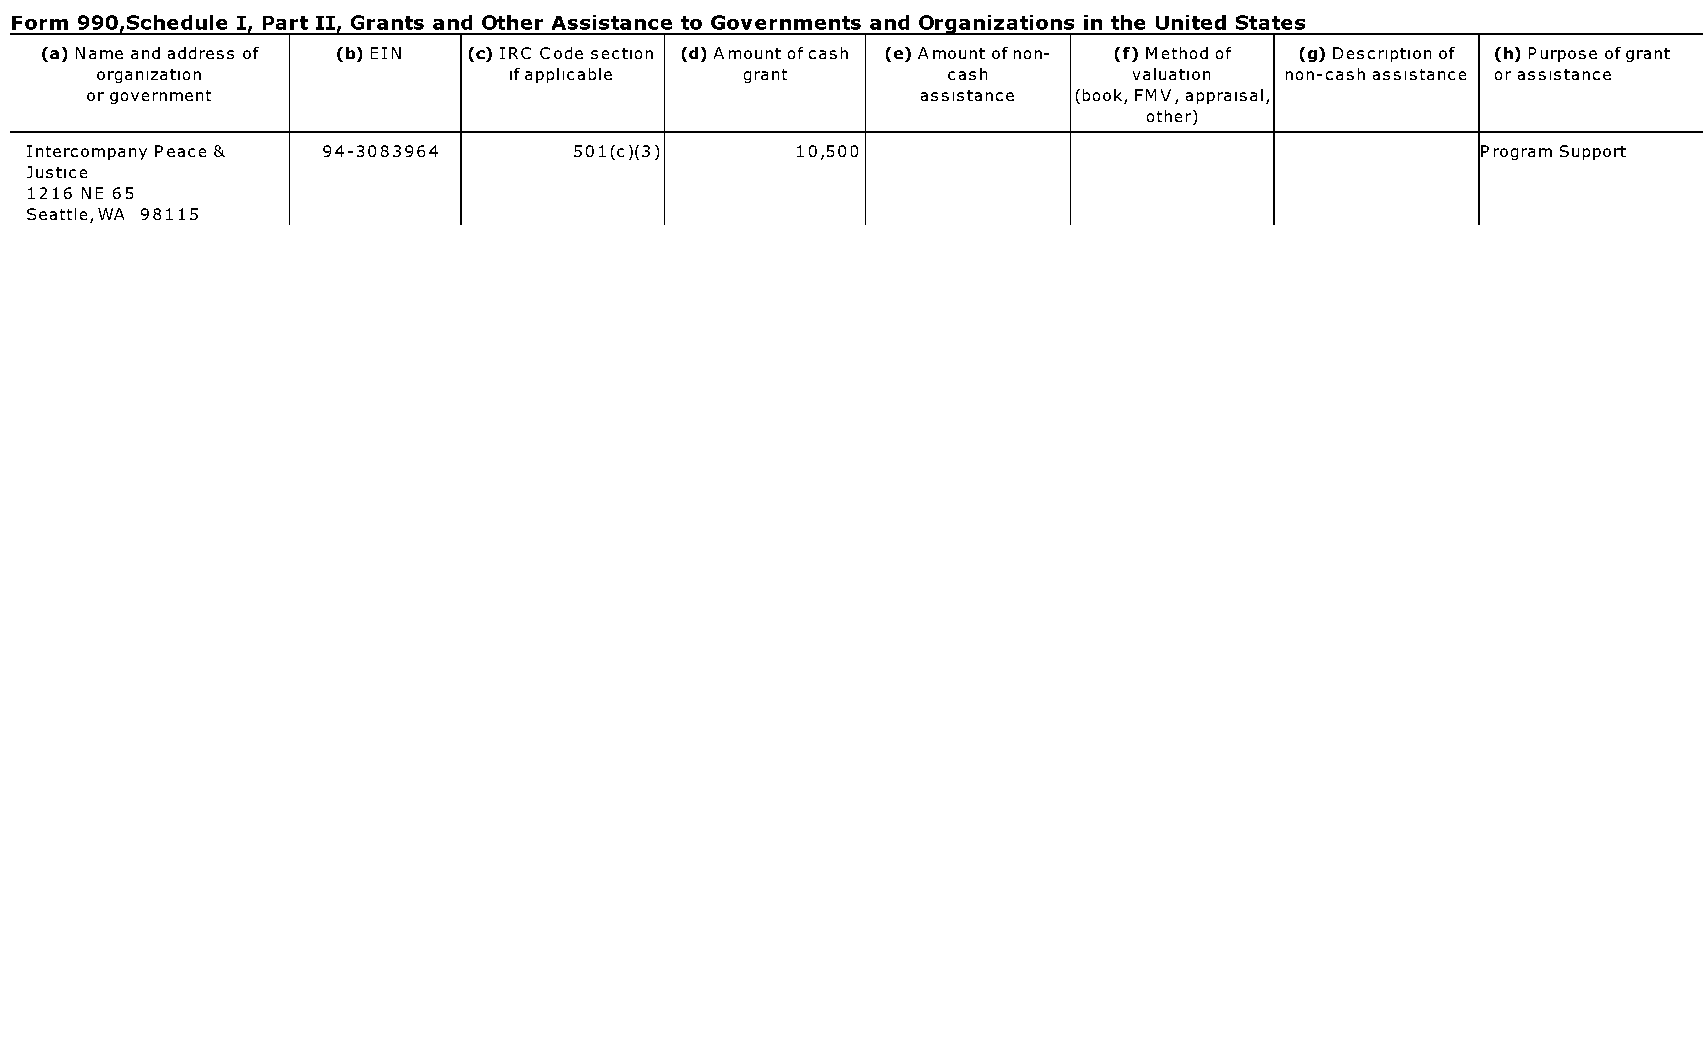
Form 990.Schedule I. Part II. Grants and Other Assistance to Governments and Organizations in the United States
 (a) Name and address of (b) EIN (c) IRC Code section (d) Amount ofcash (e) Amount of non- (f) Method of (g) Description of (h) Purpose ofgrant
 organization                ifapplicable   grant         cash        valuation non-cash assistance or assistance
 or government                                          assistance (book, FMV, appraisal,
 other)
 Intercompany Peace & 94-3083964     501(c)(3)      10,500                                       Program Support
 Justice
 1216 NE 65
 Seattle,WA 98115